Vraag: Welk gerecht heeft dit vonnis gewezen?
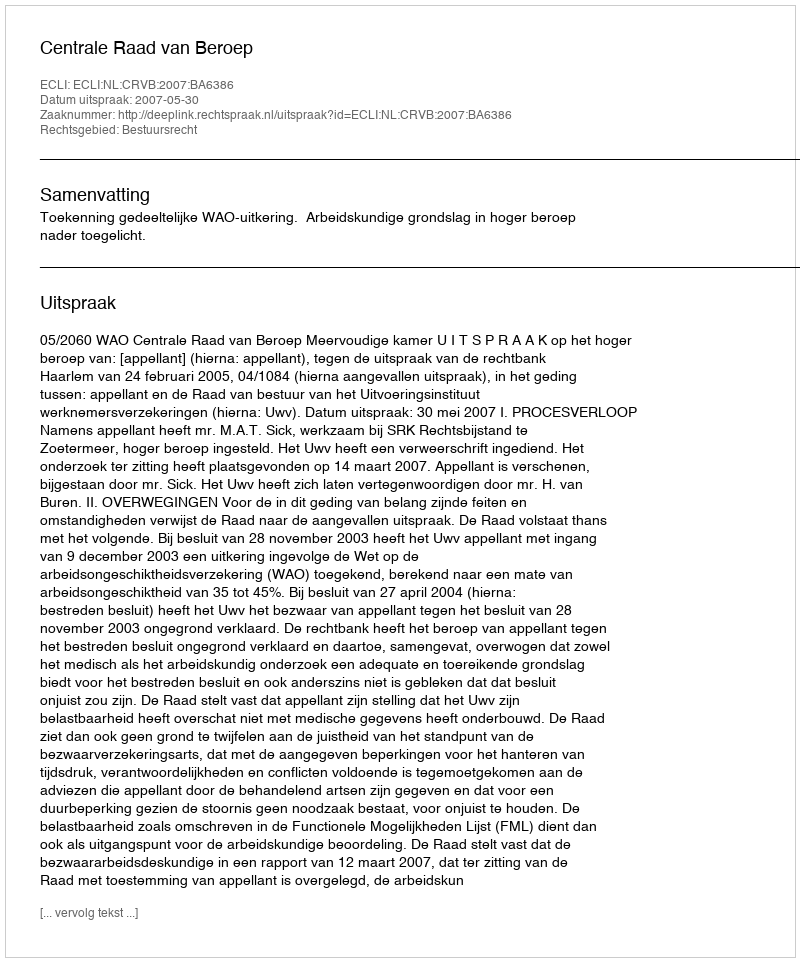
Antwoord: Centrale Raad van Beroep